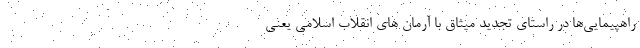
راهپیمایی‌ها در راستای تجدید میثاق با آرمان های انقلاب اسلامی یعنی